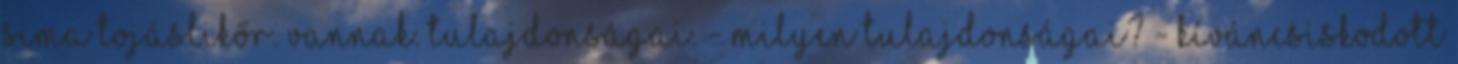
sima tojáslikőr. Vannak. tulajdonságai. - Milyen tulajdonságai? - kíváncsiskodott